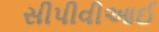
સીપીવીઆઈ